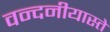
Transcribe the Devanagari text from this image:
वन्दनीयास्ते